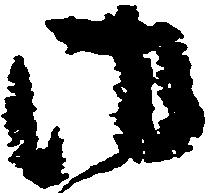
御